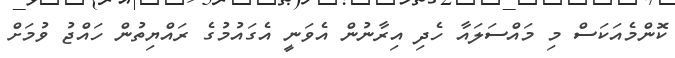
ކޮންމެއަކަސް މި މައްސަލައާ ހެދި އިރާނުން އެވަނީ އެގައުމުގެ ރައްޔިތުން ހައްޖު ވުމަށް